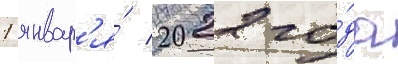
1 январ'я́ 2022 го́да